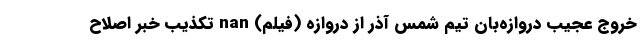
خروج عجیب دروازه‌بان تیم شمس آذر از دروازه (فیلم) nan تکذیب خبر اصلاح